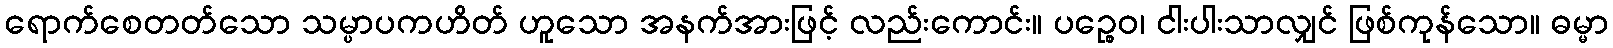
ရောက်စေတတ်သော သမ္ပာပကဟိတ် ဟူသော အနက်အားဖြင့် လည်းကောင်း။ ပဉ္စေဝ၊ ငါးပါးသာလျှင် ဖြစ်ကုန်သော။ ဓမ္မာ